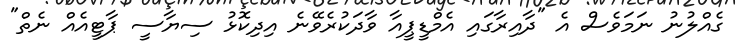
ގެއްލުނު ނަމަވެސް އެ "ދާއިރާގައި އެމްޑީޕީއާ ވާދަކުރެވޭނެ އިދިކޮޅު ސިޔާސީ ޕާޓީއެއް ނެތް"